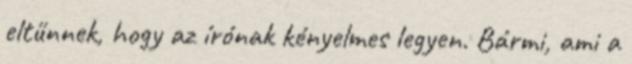
eltűnnek, hogy az írónak kényelmes legyen. Bármi, ami a